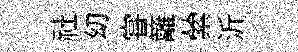
社㓜甞籬縈沂